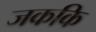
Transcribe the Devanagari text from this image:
जककि